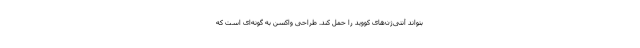
بتواند آنتی‌ژن‌های کووید را حمل کند. طراحی واکسن به گونه‌ای است که